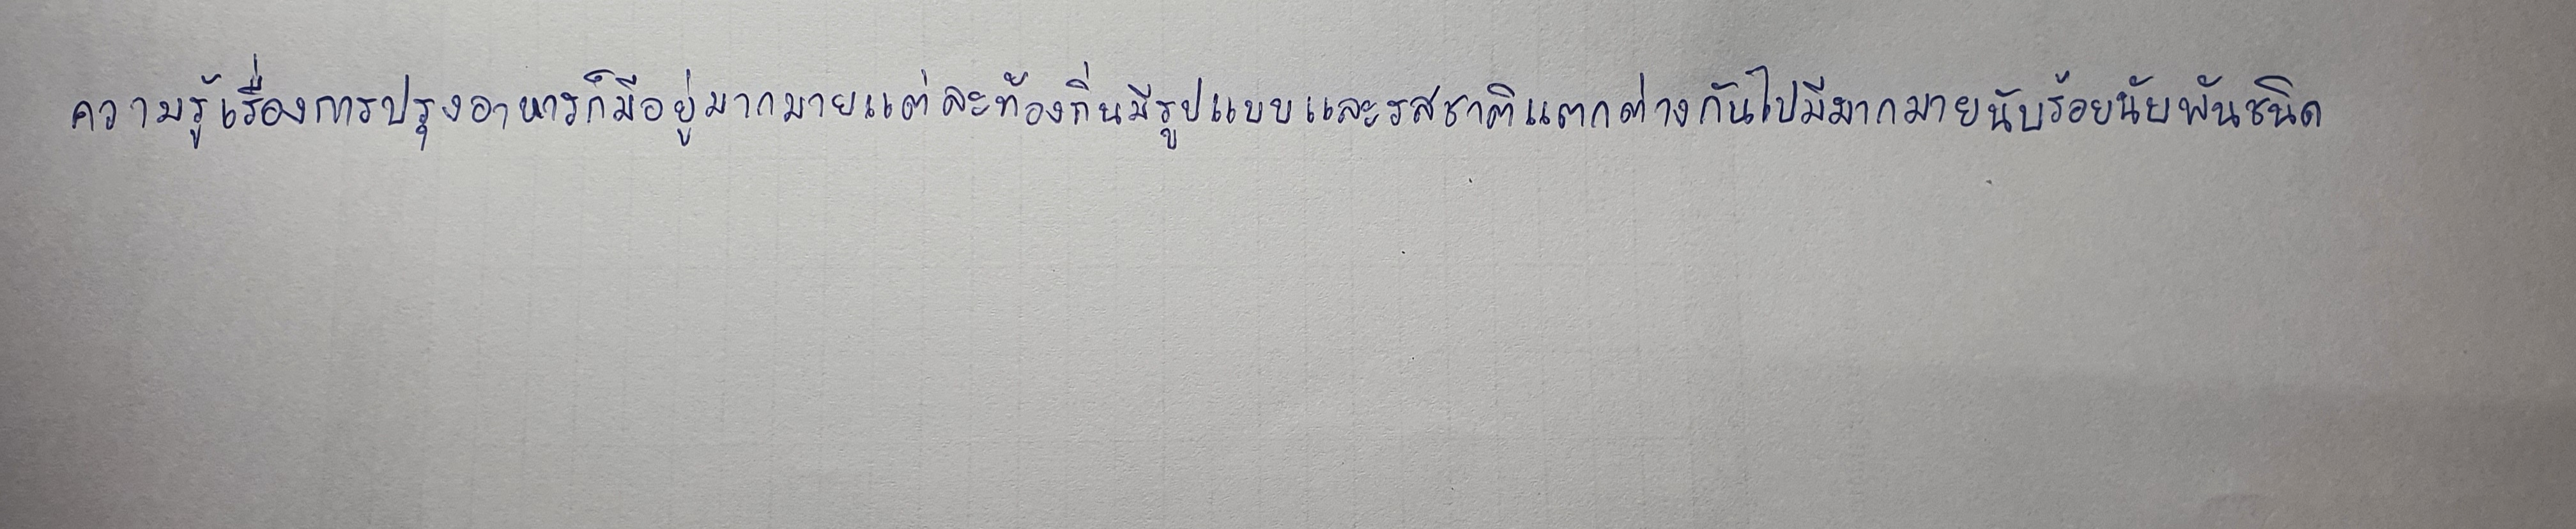
ความรู้เรื่องการปรุงอาหารก็มีอยู่มากมายแต่ละท้องถิ่นมีรูปแบบและรสชาติแตกต่างกันไปมีมากมายนับร้อยนับพันชนิด